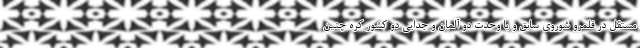
مستقل در قلمرو شوروی سابق و یا وحدت دو آلمان و جدایی دو کشور کره چنین